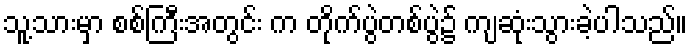
သူ့သားမှာ စစ်ကြီးအတွင်း က တိုက်ပွဲတစ်ပွဲ၌ ကျဆုံးသွားခဲ့ပါသည်။